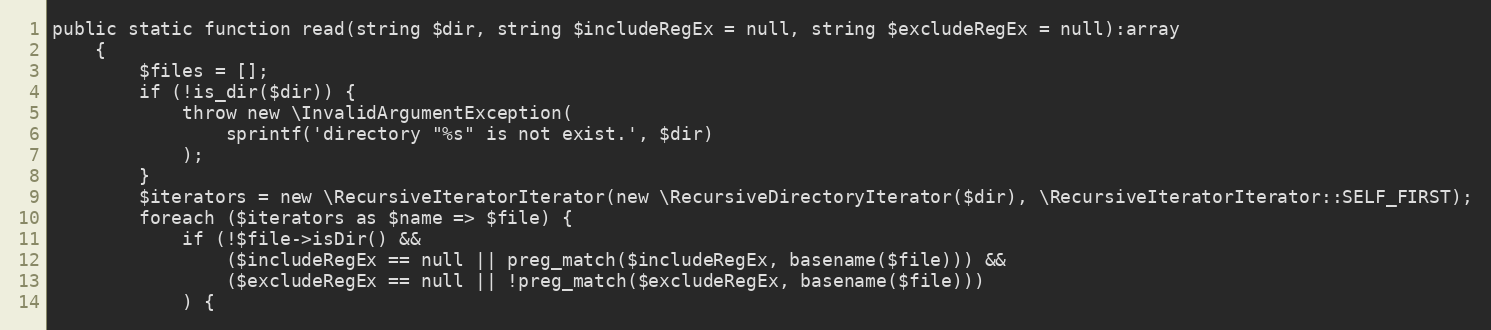
Language: PHP
public static function read(string $dir, string $includeRegEx = null, string $excludeRegEx = null):array
    {
        $files = [];
        if (!is_dir($dir)) {
            throw new \InvalidArgumentException(
                sprintf('directory "%s" is not exist.', $dir)
            );
        }
        $iterators = new \RecursiveIteratorIterator(new \RecursiveDirectoryIterator($dir), \RecursiveIteratorIterator::SELF_FIRST);
        foreach ($iterators as $name => $file) {
            if (!$file->isDir() &&
                ($includeRegEx == null || preg_match($includeRegEx, basename($file))) &&
                ($excludeRegEx == null || !preg_match($excludeRegEx, basename($file)))
            ) {